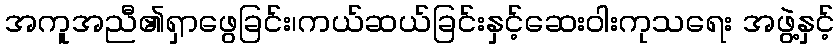
အကူအညီ၏ရှာဖွေခြင်း၊ကယ်ဆယ်ခြင်းနှင့်ဆေးဝါးကုသရေး အဖွဲ့နှင့်